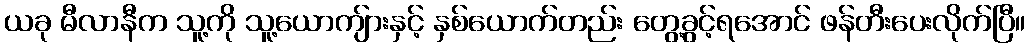
ယခု မီလာနီက သူ့ကို သူ့ယောကျ်ားနှင့် နှစ်ယောက်တည်း တွေ့ခွင့်ရအောင် ဖန်တီးပေးလိုက်ပြီ။